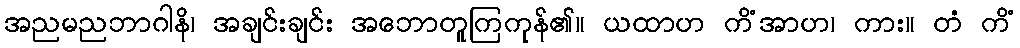
အညမညဘာဂါနိ၊ အချင်းချင်း အဘောတူကြကုန်၏။ ယထာဟ ကိံအာဟ၊ ကား။ တံ ကိံ